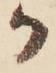
か